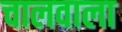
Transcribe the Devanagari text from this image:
चालवाला